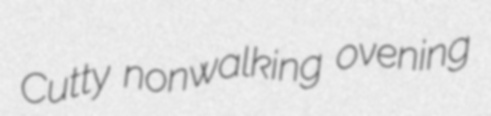
Cutty nonwalking ovening